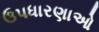
ઉપધારણાઓ